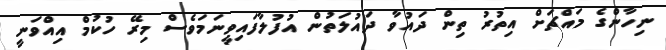
ނިހާންގެ މައްޗަށް އިތުރު ތިން ދައުވާ ދައުލަތުން އުފުލާފައިވީނަމަވެސް މިރޭ ހުކުމް އިއްވަނީ